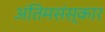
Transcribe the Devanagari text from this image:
अंतिमसंस्कार